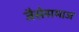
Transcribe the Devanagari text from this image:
जैसेसमाज